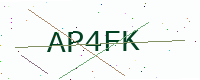
Text: AP4FK